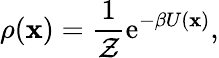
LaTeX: \rho(\mathbf{x})=\frac{1}{\mathcal{Z}}\operatorname{e}^{-\beta U(\mathbf{x})},